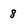
Character: 8